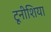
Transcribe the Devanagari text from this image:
टूनीशिया